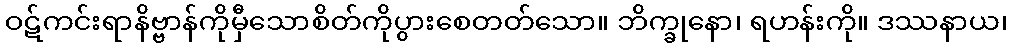
ဝဋ်ကင်းရာနိဗ္ဗာန်ကိုမှီသောစိတ်ကိုပွားစေတတ်သော။ ဘိက္ခုနော၊ ရဟန်းကို။ ဒဿနာယ၊